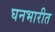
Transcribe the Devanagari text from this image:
घनभारीत